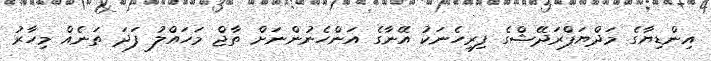
އިންޑިޔާގެ މަދްޔަޕްރަދޭޝްގެ ފިރިހެނަކު އޭނާގެ އަންހެނުންނަށް ތާޖް މަހައްލު ފަދަ ތަނެއް މިހާރު